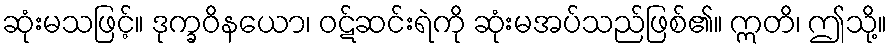
ဆုံးမသဖြင့်။ ဒုက္ခဝိနယော၊ ဝဋ်ဆင်းရဲကို ဆုံးမအပ်သည်ဖြစ်၏။ ဣတိ၊ ဤသို့။